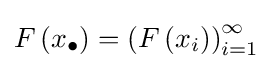
F\left(x_{\bullet }\right)=\left(F\left(x_{i}\right)\right)_{i=1}^{\infty }